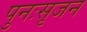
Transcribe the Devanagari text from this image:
पुनःसृजन